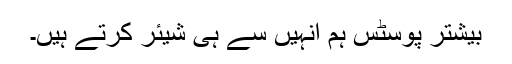
بیشتر پوسٹس ہم انہیں سے ہی شیئر کرتے ہیں۔